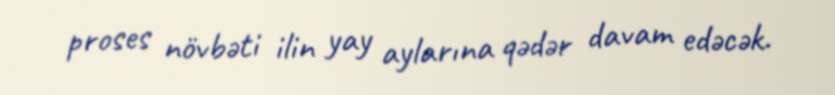
proses növbəti ilin yay aylarına qədər davam edəcək.